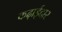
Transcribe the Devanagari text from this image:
कढ़ाईदार